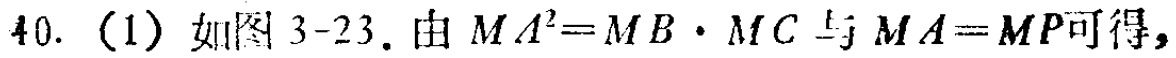
40.（1）如图3-23. 由 \(MA^{2}=MB\cdot MC\) 与 \(MA = MP\) 可得，